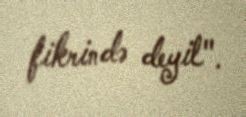
fikrində deyil".